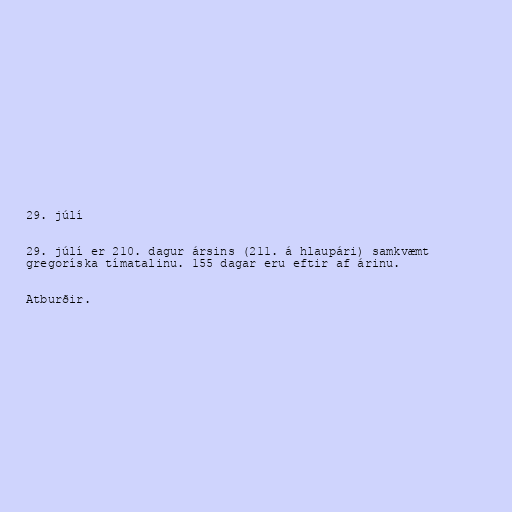
29. júlí

29. júlí er 210. dagur ársins (211. á hlaupári) samkvæmt
gregoríska tímatalinu. 155 dagar eru eftir af árinu.

Atburðir.